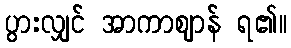
ပွားလျှင် အာကာဈာန် ရ၏။